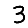
Digit: 3